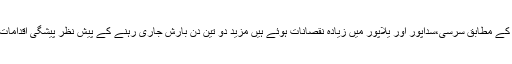
موصولہ اطلاع کے مطابق سرسی،سداپور اور یلاپور میں زیادہ نقصانات ہوئے ہیں مزید دو تین دن بارش جاری رہنے کے پیش نظر پیشگی اقدامات کئے گئے ہیں۔